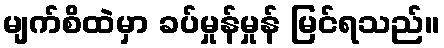
မျက်စိထဲမှာ ခပ်မှုန်မှုန် မြင်ရသည်။